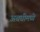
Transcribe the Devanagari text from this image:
अवधीमध्ये